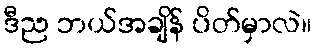
ဒီည ဘယ်အချိန် ပိတ်မှာလဲ။